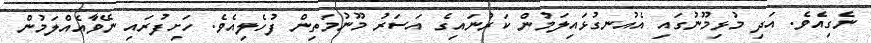
ނެގިއެވެ. އަދި މުޅިމޫނުގައި އެއުނގުޅައިލަމުން ކަރުނައިގެ އަސަރު މޫނުމަތިން ފުހެލިއެވެ. ހަށިފުރައި ނޭވާއެއްލަމުން